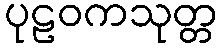
ပုဠဝကသုတ္တ